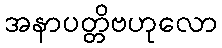
အနာပတ္တိဗဟုလော